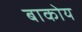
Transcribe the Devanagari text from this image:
बाकोय